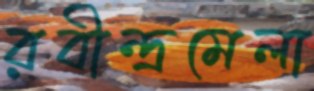
রবীন্দ্রমেলা